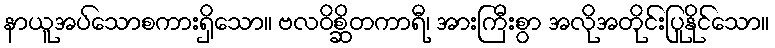
နာယူအပ်သောစကားရှိသော။ ဗလဝိစ္ဆိတကာရီ၊ အားကြီးစွာ အလိုအတိုင်းပြုနိုင်သော။